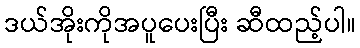
ဒယ်အိုးကိုအပူပေးပြီး ဆီထည့်ပါ။